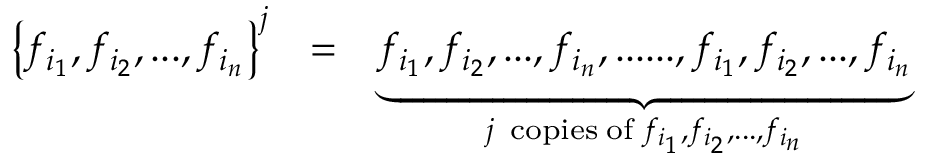
\begin{array} { r l r } { \left\{ f _ { i _ { 1 } } , f _ { i _ { 2 } } , . . . , f _ { i _ { n } } \right\} ^ { j } } & { = } & { \underbrace { f _ { i _ { 1 } } , f _ { i _ { 2 } } , . . . , f _ { i _ { n } } , . . . . . . , f _ { i _ { 1 } } , f _ { i _ { 2 } } , . . . , f _ { i _ { n } } } _ { j \; \; \mathrm { c o p i e s } \; \mathrm { o f } \; f _ { i _ { 1 } } , f _ { i _ { 2 } } , . . . , f _ { i _ { n } } } } \end{array}